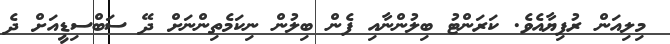
މިލިއަން ރުފިޔާއެވެ. ކަރަންޓު ބިލުންނާއި ފެން ބިލުން ނިކަމެތިންނަށް ދޭ ސަބްސިޑީއަށް ދެ